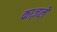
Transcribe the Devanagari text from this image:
काज़ले